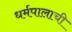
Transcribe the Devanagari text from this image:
धर्मपालाची